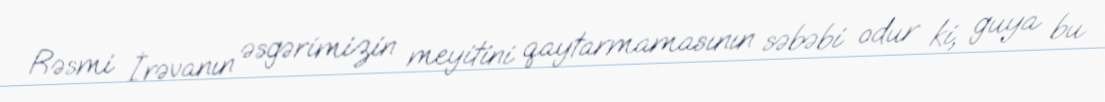
Rəsmi İrəvanın əsgərimizin meyitini qaytarmamasının səbəbi odur ki, guya bu